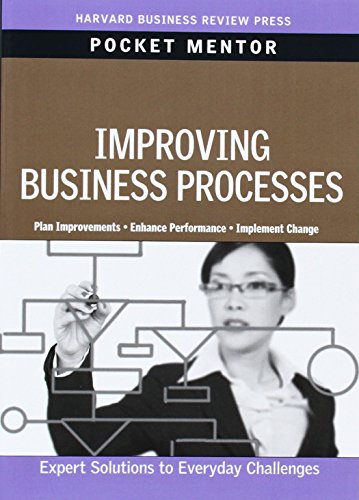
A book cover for Improving Business Processes (Pocket Mentor); Harvard Business School Press; Business & Money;